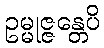
ဥမ္မုဇ္ဇန္တေပိ